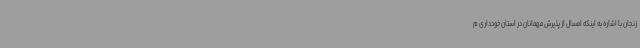
زنجان با اشاره به اینکه امسال از پذیرش مهمانان در استان خودداری م